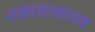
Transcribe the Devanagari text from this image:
नकाशाशास्त्र